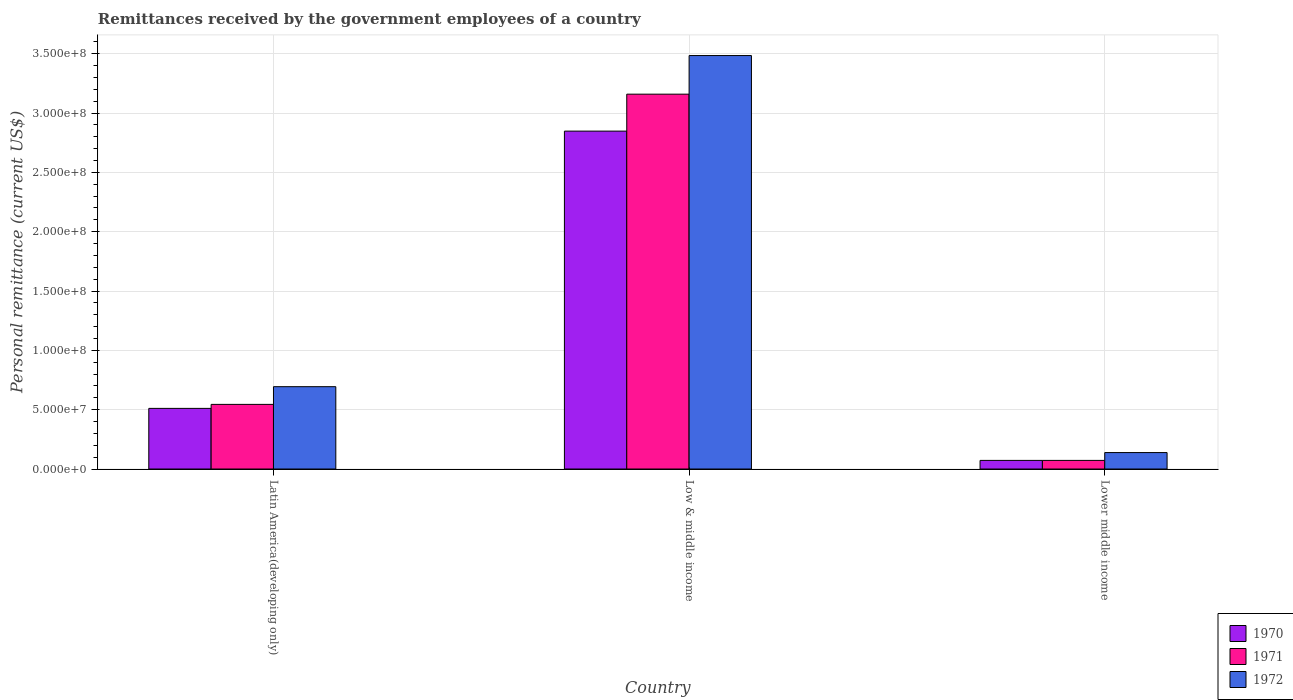
| Country | 1970 | 1971 | 1972 |
 | --- | --- | --- | --- |
 | Latin America(developing only) | 5.11e+07 | 5.45e+07 | 6.94e+07 |
 | Low & middle income | 2.85e+08 | 3.16e+08 | 3.48e+08 |
 | Lower middle income | 7.26e+06 | 7.26e+06 | 1.39e+07 |